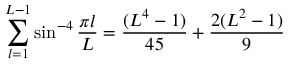
\sum _ { l = 1 } ^ { L - 1 } \sin ^ { - 4 } { \frac { \pi l } { L } } = { \frac { ( L ^ { 4 } - 1 ) } { 4 5 } } + { \frac { 2 ( L ^ { 2 } - 1 ) } { 9 } }